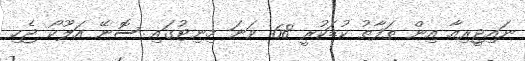
ނައިޖީރިއާ އިން ތަފާތު ކުޑަކުރީ 68 ވަނަ މިނިޓުގައި ސޮނޭ އަލޫކޯ ޖެހި